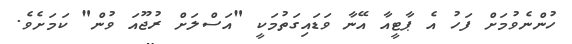
ހުންނެވުމަށް ފަހު އެ ޕާޓީއާ އޭނާ ވަޑައިގަތުމަކީ "އަސްލަށް ރުޖޫއަ ވުން" ކަމަށެވެ.